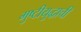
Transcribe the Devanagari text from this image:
मुष्टीयुद्धाची